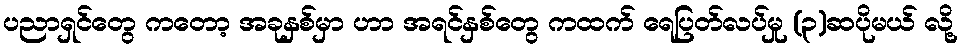
ပညာရှင်တွေ ကတော့ အခုနှစ်မှာ ဟာ အရင်နှစ်တွေ ကထက် ရေပြတ်လပ်မှု (၃)ဆပိုမယ် လို့